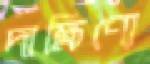
দাক্ষিণ্যে